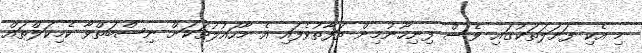
މި އެކި ފަށަލަތަކުގައި ވެސް ފިނިހޫނުމިން ތަފާތުވެފައި އެ މާހައުލުތަކަށް ނިސްބަތްވާ ކެމިކަލްތައް